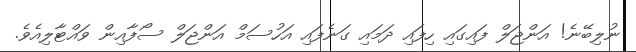
ނުލިބޭނެ! އަންޖަލް ފައިގައި ހިފައި ދަމައި ގަނެފައި އަހުސަމް އަންޖަލް ސޯފާއިން ވައްޓާލިއެވެ.